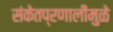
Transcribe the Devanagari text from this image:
संकेतप्रणालींमुळे